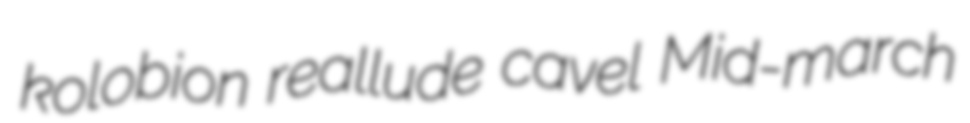
kolobion reallude cavel Mid-march